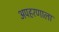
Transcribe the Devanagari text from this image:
अपहरणाला